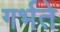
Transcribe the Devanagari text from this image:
गर्भते